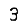
Digit: 3